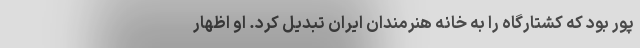
پور بود که کشتارگاه را به خانه هنرمندان ایران تبدیل کرد. او اظهار